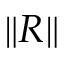
\| R \|